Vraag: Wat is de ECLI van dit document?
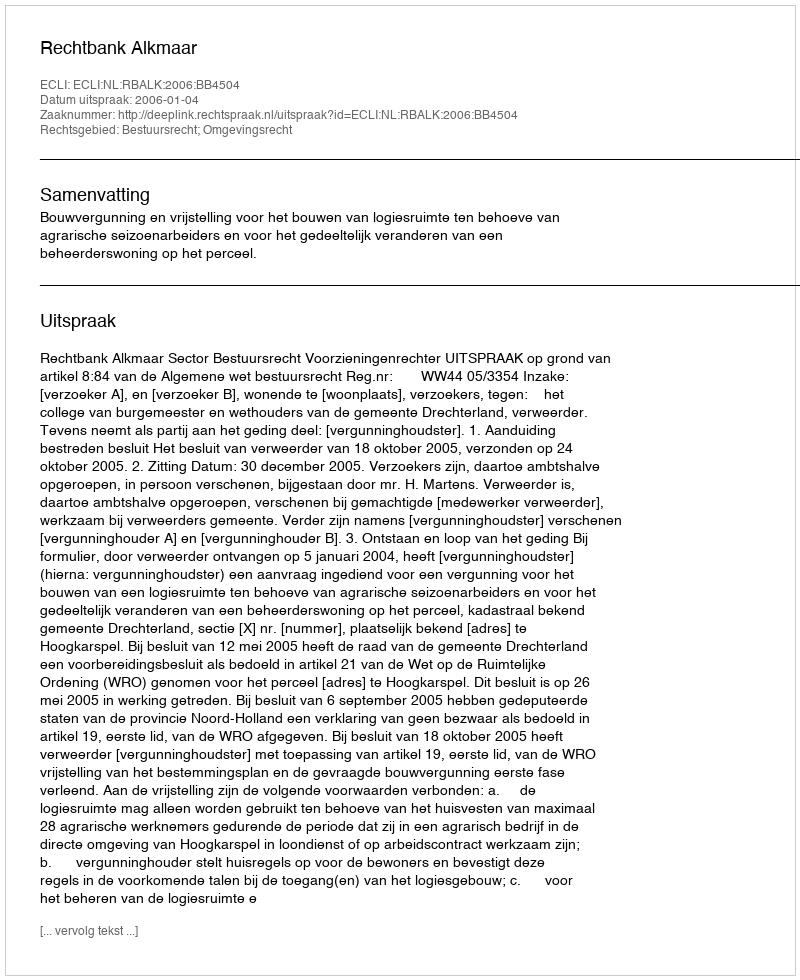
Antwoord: ECLI:NL:RBALK:2006:BB4504